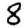
Digit: 8